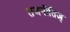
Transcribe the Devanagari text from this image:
राजनीतिज्ञ्